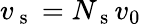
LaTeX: v_{\mathrm{~s~}}=N_{\mathrm{~s~}}v_{0}